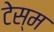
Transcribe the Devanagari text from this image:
टेस्म